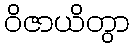
ဝိဇာယိတွာ